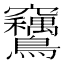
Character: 𫛙